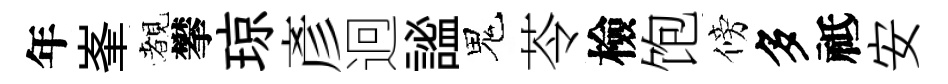
年峯覩攀琼彥迥謐鬼苓檢饱傍多祗安